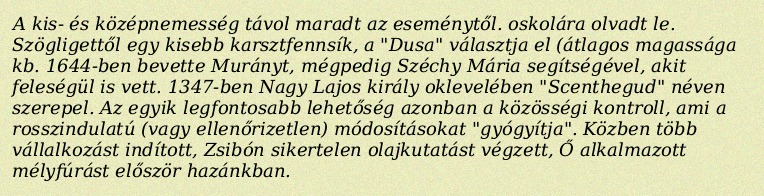
A kis- és középnemesség távol maradt az eseménytől. oskolára olvadt le. Szögligettől egy kisebb karsztfennsík, a "Dusa" választja el (átlagos magassága kb. 1644-ben bevette Murányt, mégpedig Széchy Mária segítségével, akit feleségül is vett. 1347-ben Nagy Lajos király oklevelében "Scenthegud" néven szerepel. Az egyik legfontosabb lehetőség azonban a közösségi kontroll, ami a rosszindulatú (vagy ellenőrizetlen) módosításokat "gyógyítja". Közben több vállalkozást indított, Zsibón sikertelen olajkutatást végzett, Ő alkalmazott mélyfúrást először hazánkban.